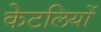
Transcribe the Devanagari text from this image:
केटलियों